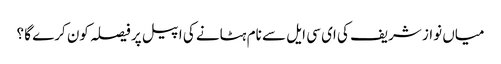
میاں نواز شریف کی ای سی ایل سے نام ہٹانے کی اپیل پر فیصلہ کون کرے گا ؟